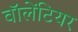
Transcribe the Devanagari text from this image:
वॉलेंटियर